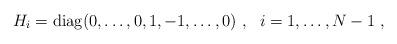
LaTeX: \begin{align*}H_i={\rm diag}(0,\ldots,0,1,-1,\ldots,0)~,~~i=1,\ldots,N-1~,\end{align*}